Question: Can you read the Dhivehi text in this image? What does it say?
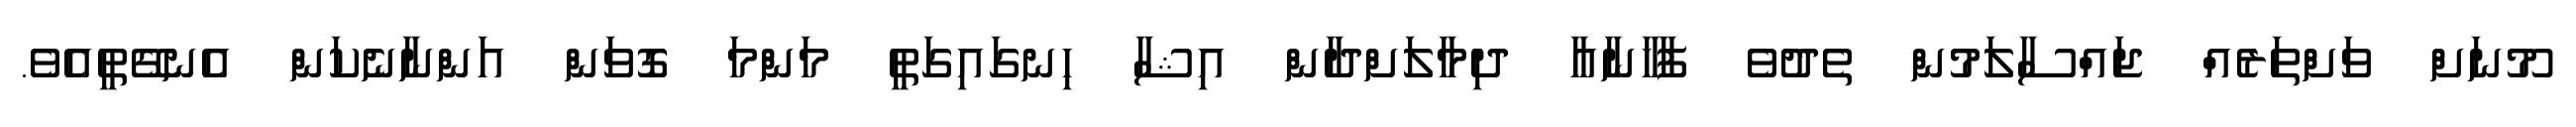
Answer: މޫނަށް ވަށްތަރެއް ޖައްސާލަމުން ތެދުވެ ފާހާނާއާ ދިމާލަށްދާން އިޝާ ހިނގައިގަތީ މަންމަ ގޮވަން އަންނާނެކަން އެނގޭތީއެވެ.